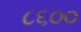
૮૬૦૦